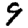
Digit: 9